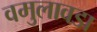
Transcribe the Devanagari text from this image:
वमुलावडा